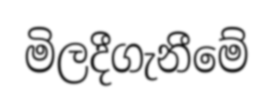
මිලදීගැනීමේ